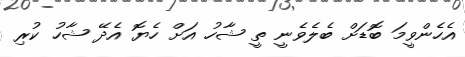
އެހެންވީމަ ބޮޑަށް ބެލެވެނީ ތީ ޝާހު އަށް ހެޔޮ އެދޭ ޝާހު ކުރި